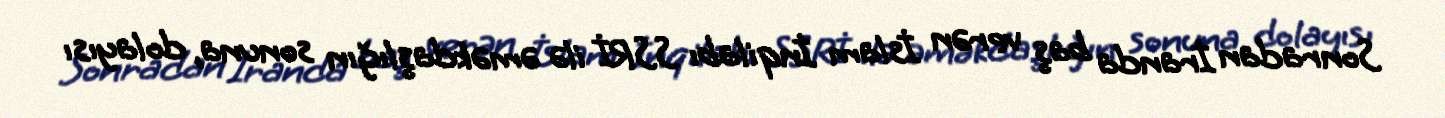
Sonradan İranda baş verən İslam İnqilabı SSRİ ilə əməkdaşlığın sonuna, dolayısı